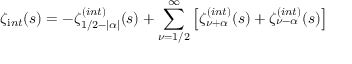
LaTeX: \zeta _ { \mathrm i n t } ( s ) = - \zeta _ { 1 / 2 - | \alpha | } ^ { \mathrm ( i n t ) } ( s ) + \sum _ { \nu = 1 / 2 } ^ { \infty } \left[ \zeta _ { \nu + \alpha } ^ { \mathrm ( i n t ) } ( s ) + \zeta _ { \nu - \alpha } ^ { \mathrm ( i n t ) } ( s ) \right]